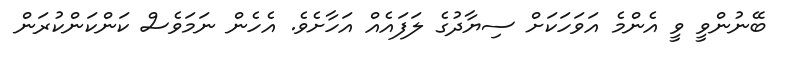
ބޭނުންވީ ވީ އެންމެ އަވަހަކަށް ސިޔާދުގެ ލަފައެއް އަހާށެވެ. އެހެން ނަމަވެސް ކަންކަންކުރަން